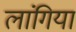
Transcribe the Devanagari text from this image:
लांगिया